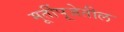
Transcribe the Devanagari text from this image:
मूर्तीपूजेतील